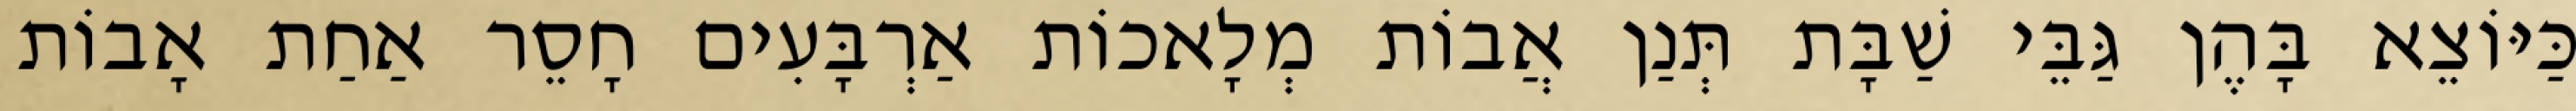
כַּיּוֹצֵא בָּהֶן גַּבֵּי שַׁבָּת תְּנַן אֲבוֹת מְלָאכוֹת אַרְבָּעִים חָסֵר אַחַת אָבוֹת